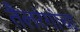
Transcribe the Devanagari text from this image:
तैलरंगांचा